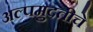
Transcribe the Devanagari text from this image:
अल्पमुदतीचे